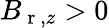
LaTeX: B_{\mathrm{~r~},z}>0